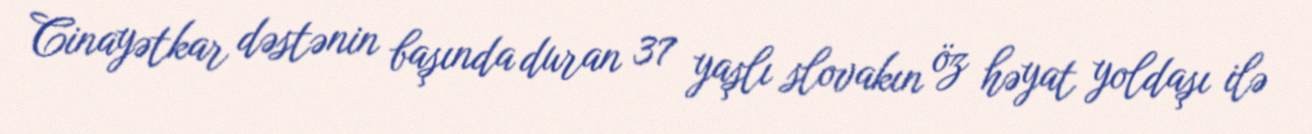
Cinayətkar dəstənin başında duran 37 yaşlı slovakın öz həyat yoldaşı ilə